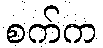
စက်က